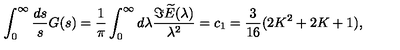
\int _ { 0 } ^ { \infty } { \frac { d s } { s } } G ( s ) = { \frac { 1 } { \pi } } \int _ { 0 } ^ { \infty } d \lambda { \frac { \Im \widetilde E ( \lambda ) } { \lambda ^ { 2 } } } = c _ { 1 } = { \frac { 3 } { 1 6 } } ( 2 K ^ { 2 } + 2 K + 1 ) ,